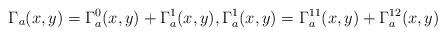
LaTeX: \begin{align*}\Gamma_a(x,y)=\Gamma_a^0(x,y)+\Gamma_a^1(x,y), \Gamma_a^1(x,y)=\Gamma_a^{11}(x,y)+\Gamma_a^{12}(x,y)\end{align*}